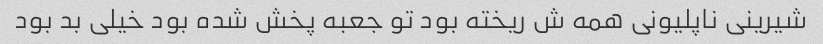
شیرینی ناپلیونی همه ش ریخته بود تو جعبه پخش شده بود خیلی بد بود